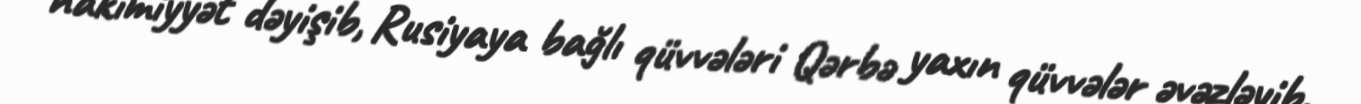
hakimiyyət dəyişib, Rusiyaya bağlı qüvvələri Qərbə yaxın qüvvələr əvəzləyib.